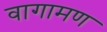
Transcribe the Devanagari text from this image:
वागामण